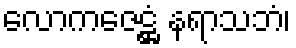
လောကဇေဋ္ဌံ နရာသဘံ၊